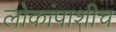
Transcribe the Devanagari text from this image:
लोकांपाशीच